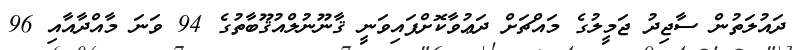
ދައުލަތުން ސާޖިދު ޖަމީލުގެ މައްޗަށް ދަޢުވާކޮށްފައިވަނީ ޤާނޫނުލްއުޤޫބާތުގެ 94 ވަނަ މާއްދާއާއި 96